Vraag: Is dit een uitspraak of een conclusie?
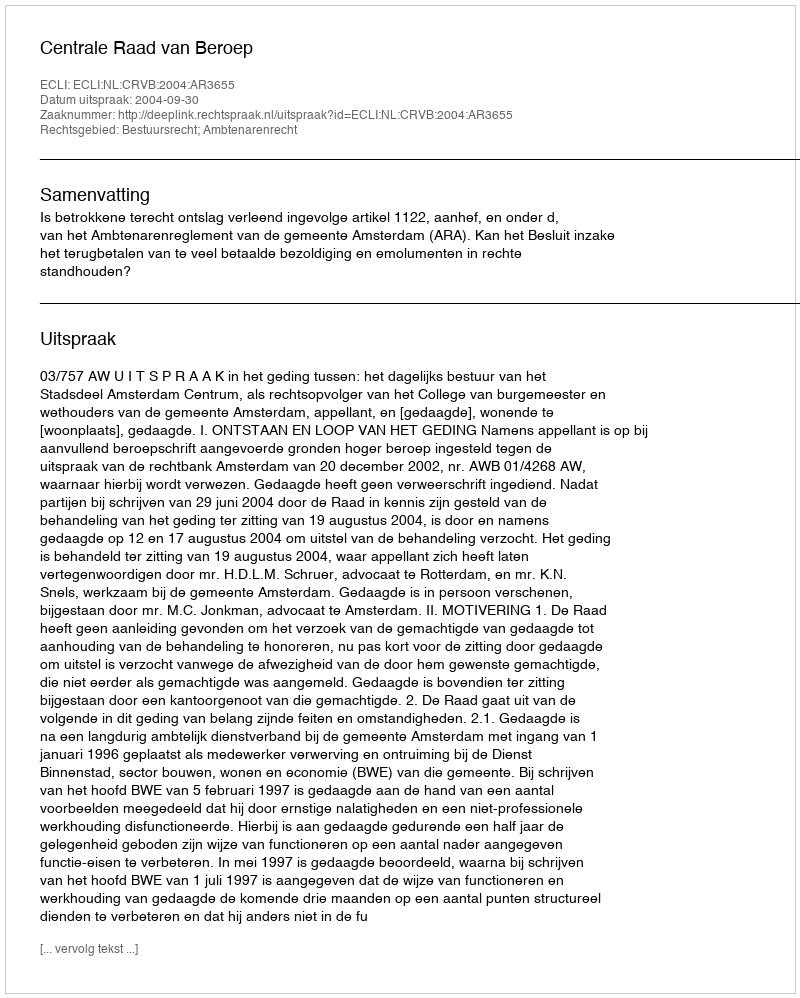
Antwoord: Uitspraak